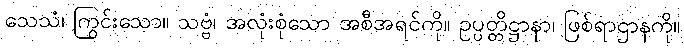
သေသံ၊ ကြွင်းသော။ သဗ္ဗံ၊ အလုံးစုံသော အစီအရင်ကို။ ဥပ္ပတ္တိဋ္ဌာနာ၊ ဖြစ်ရာဌာနကို။